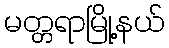
မတ္တရာမြို့နယ်